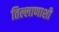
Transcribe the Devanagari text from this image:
तिल्लाणाशी